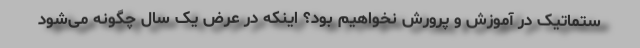
ستماتیک در آموزش و پرورش نخواهیم بود؟ اینکه در عرض یک سال چگونه می‌شود